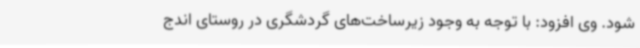
شود. وی افزود: با توجه به وجود زیرساخت‌های گردشگری در روستای اندج